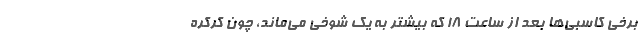
برخی کاسبی‌ها بعد از ساعت 18 که بیشتر به یک شوخی می‌ماند، چون کرکره